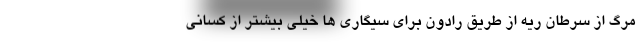
مرگ از سرطان ریه از طریق رادون برای سیگاری ها خیلی بیشتر از کسانی